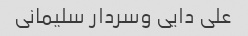
علی دایی وسردار سلیمانی